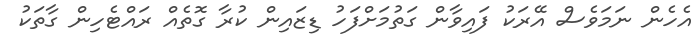
އެހެން ނަމަވެސް އޭރަކު ފައިވާން ގަތުމަށްފަހު ޑިޒައިން ކުރާ ގޮތެއް ރައްޓެހިން ގާތަކު